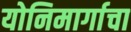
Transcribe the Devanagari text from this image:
योनिमार्गाचा